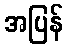
အပြန်